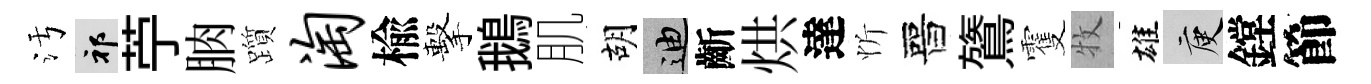
污祁苧朒躓淘楡擊鵝肌胡迪齗烘達忻晉鷟䨥牧雄庾鏜節